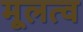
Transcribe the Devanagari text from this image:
मूलत्व